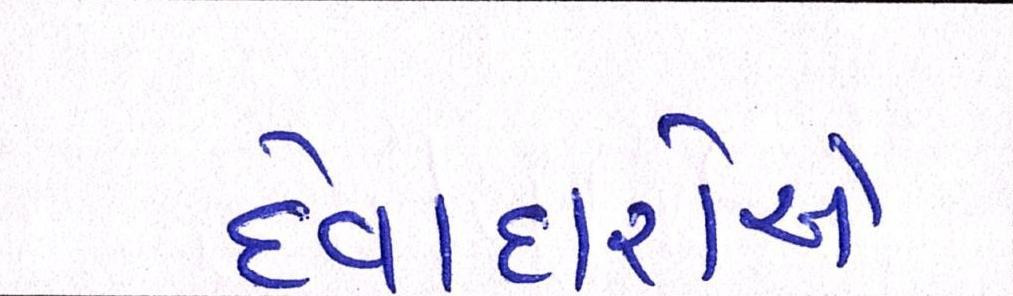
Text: દેવાદારોએ